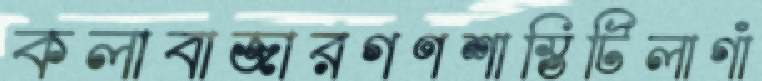
কলাবাজারগণশাস্তিটিলাগাঁ